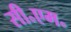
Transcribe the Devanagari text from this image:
सी॰एम॰